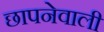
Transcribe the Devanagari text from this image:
छापनेवाली